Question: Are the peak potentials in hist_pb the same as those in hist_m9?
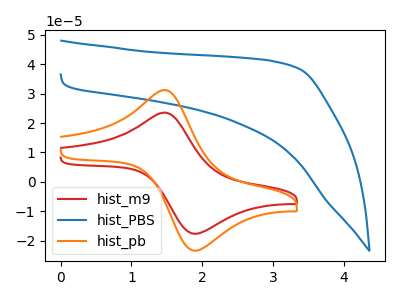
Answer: <think>The red curve "hist_m9" has an anodic peak at (1.45V, 23.55uA) and a cathodic peak at (1.90V, -17.65uA). The blue curve "hist_PBS" has no peaks. The orange curve "hist_pb" has an anodic peak at (1.45V, 31.20uA) and a cathodic peak at (1.90V, -23.45uA).</think>
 <answer>Yes, "hist_pb" have a peak in "hist_m9" at the same potential.</answer>
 <eval>match</eval>